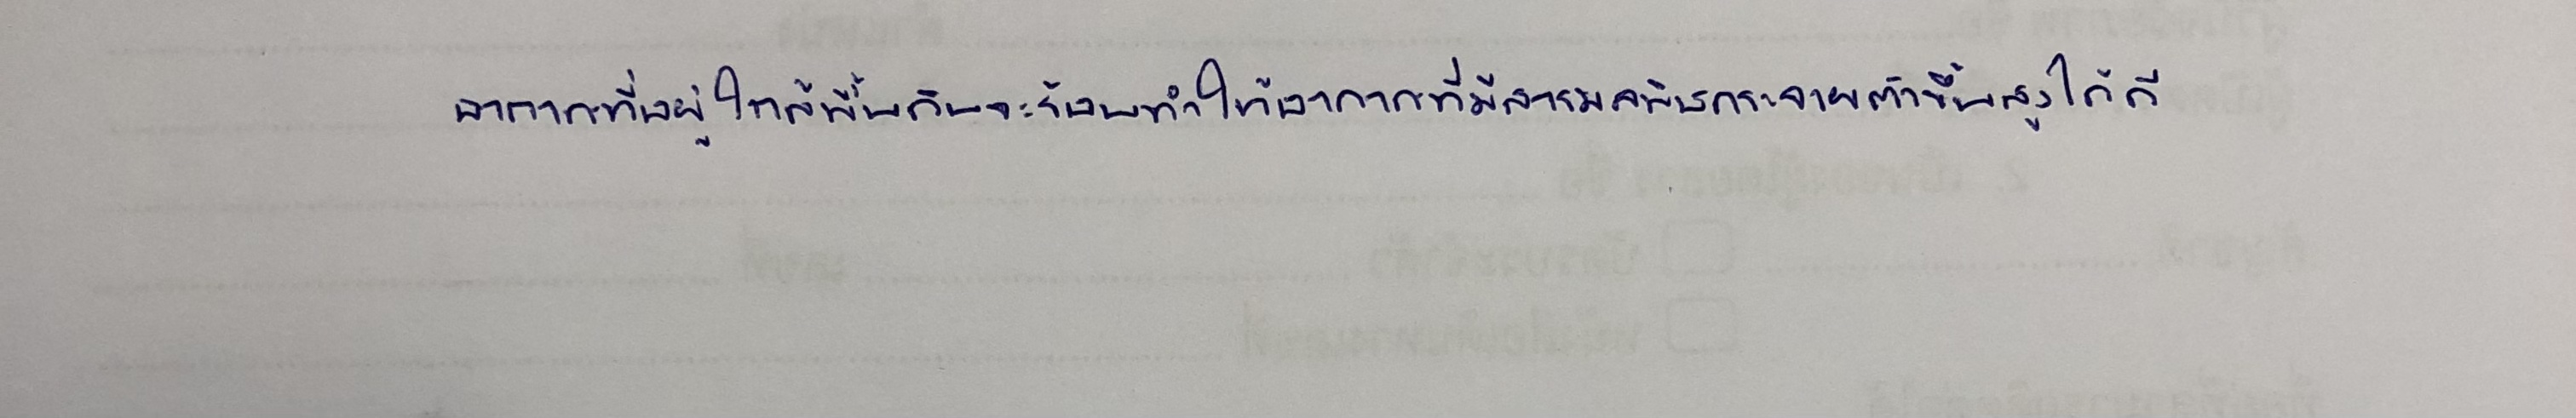
อากาศที่อยู่ใกล้พื้นดินจะร้อนทำให้อากาศที่มีสารมลพิษกระจายตัวขึ้นสูงได้ดี